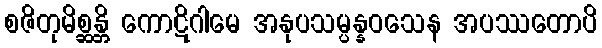
စဇိတုမိစ္ဆန္တိ ကောဋိဂါမေ အနုပသမ္ပန္နဝသေန အပဿတောပိ